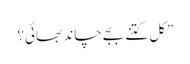
”کل کتنے بجے چاند بھائی؟